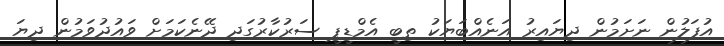
އުފަލުން ނަށަމުން ދިޔައިރު އަނެއްބަޔަކު ތިބީ އެމްޑީޕީ ސަރުކާރުގަދި ދޭނެކަމަށް ވައުދުވަމުން ދިޔަ